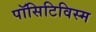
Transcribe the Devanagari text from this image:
पॉसिटिविस्म